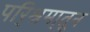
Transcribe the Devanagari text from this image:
परि्श्रमा्तून